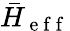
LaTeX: \bar{H}_{\mathrm{~e~f~f~}}